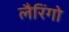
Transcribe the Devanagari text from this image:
लैरिंगो